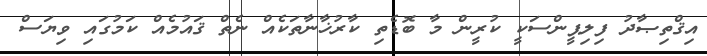
އިޤްތިޞާދު ފިލިޕީންސަކީ ކުރީން މާ ބޮޑެތި ކާރުޚާނާތަކެއް ނެތް ޤައުމެއް ކަމުގައި ވިޔަސް